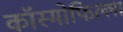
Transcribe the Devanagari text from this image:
कॉस्मोफिल्ला